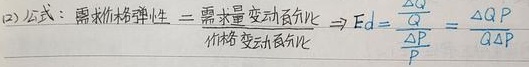
(2)公式：需求价格弹性\(=\frac{\text{需求量变动百分比}}{\text{价格变动百分比}}\)，即
\[
E_d = \frac{\frac{\Delta Q}{Q}}{\frac{\Delta P}{P}}=\frac{\Delta Q P}{Q\Delta P}
\]